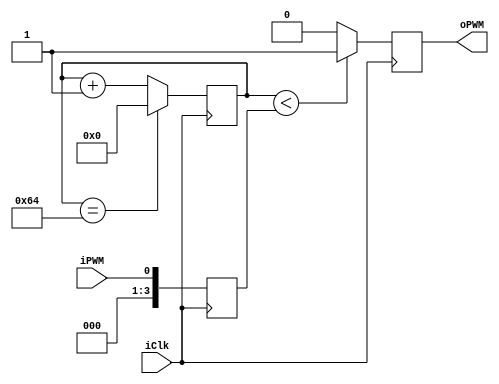
module counter (
	input iClk,
	input iPWM,
	output oPWM
);

reg [7:0]rcount_D;
reg [7:0]rcount_Q;

reg rsignal_D;
reg rsignal_Q;

reg [3:0]rvalue_D;
reg [3:0]rvalue_Q;

assign oPWM = rsignal_Q;

always @ (posedge iClk)
begin
	rcount_Q <= rcount_D;
	rsignal_Q <= rsignal_D;
	rvalue_Q <= rvalue_D;
end

always @ *
begin
	rvalue_D = iPWM;

	if(rcount_Q == 100)
	begin
		rcount_D = 8'd0;
	end
	else
	begin
		rcount_D = rcount_Q + 8'd1;
	end

	if(rcount_Q < rvalue_Q) //25 - 50 - 75 - 100
	begin
		rsignal_D = 1'd1;
	end
	else
	begin
		rsignal_D = 1'd0;
	end
end

endmodule